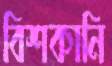
বিশকানি